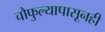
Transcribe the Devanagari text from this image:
चौफुल्यापासूनही